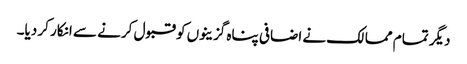
دیگر تمام ممالک نے اضافی پناہ گزینوں کو قبول کرنے سے انکار کر دیا۔